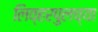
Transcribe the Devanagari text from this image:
लिव्हरपुलच्या